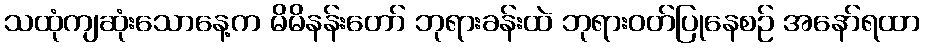
သထုံကျဆုံးသောနေ့က မိမိနန်းတော် ဘုရားခန်းထဲ ဘုရားဝတ်ပြုနေစဉ် အနော်ရထာ